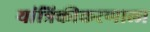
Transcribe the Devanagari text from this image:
यांत्रिकीकरणाला